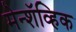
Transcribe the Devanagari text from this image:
मेन्शॅव्हिक